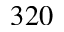
3 2 0